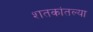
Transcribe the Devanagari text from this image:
शतकांतल्या